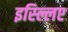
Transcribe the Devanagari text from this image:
इस्ल्लिए